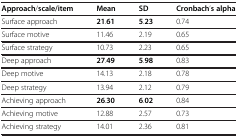
| Approach/scale/item | Mean | SD | Cronbach’s alpha |
 | --- | --- | --- | --- |
 | Surface approach | 21.61 | 5.23 | 0.74 |
 | Surface motive | 11.46 | 2.19 | 0.65 |
 | Surface strategy | 10.73 | 2.23 | 0.65 |
 | Deep approach | 27.49 | 5.98 | 0.83 |
 | Deep motive | 14.13 | 2.18 | 0.78 |
 | Deep strategy | 13.94 | 2.12 | 0.79 |
 | Achieving approach | 26.30 | 6.02 | 0.84 |
 | Achieving motive | 12.88 | 2.57 | 0.73 |
 | Achieving strategy | 14.01 | 2.36 | 0.81 |